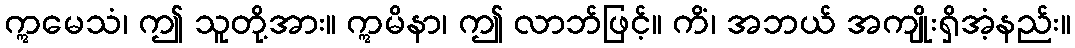
ဣမေသံ၊ ဤ သူတို့အား။ ဣမိနာ၊ ဤ လာဘ်ဖြင့်။ ကိံ၊ အဘယ် အကျိုးရှိအံ့နည်း။